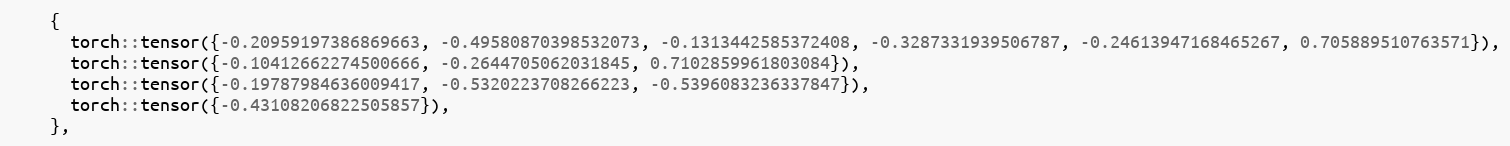
Language: C
    {
      torch::tensor({-0.20959197386869663, -0.49580870398532073, -0.1313442585372408, -0.3287331939506787, -0.24613947168465267, 0.705889510763571}),
      torch::tensor({-0.10412662274500666, -0.2644705062031845, 0.7102859961803084}),
      torch::tensor({-0.19787984636009417, -0.5320223708266223, -0.5396083236337847}),
      torch::tensor({-0.43108206822505857}),
    },